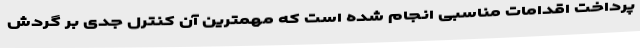
پرداخت اقدامات مناسبی انجام شده است که مهمترین آن کنترل جدی بر گردش